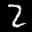
Label: 2